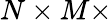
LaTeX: N\times M\times